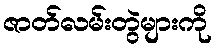
ဇာတ်လမ်းတွဲများကို